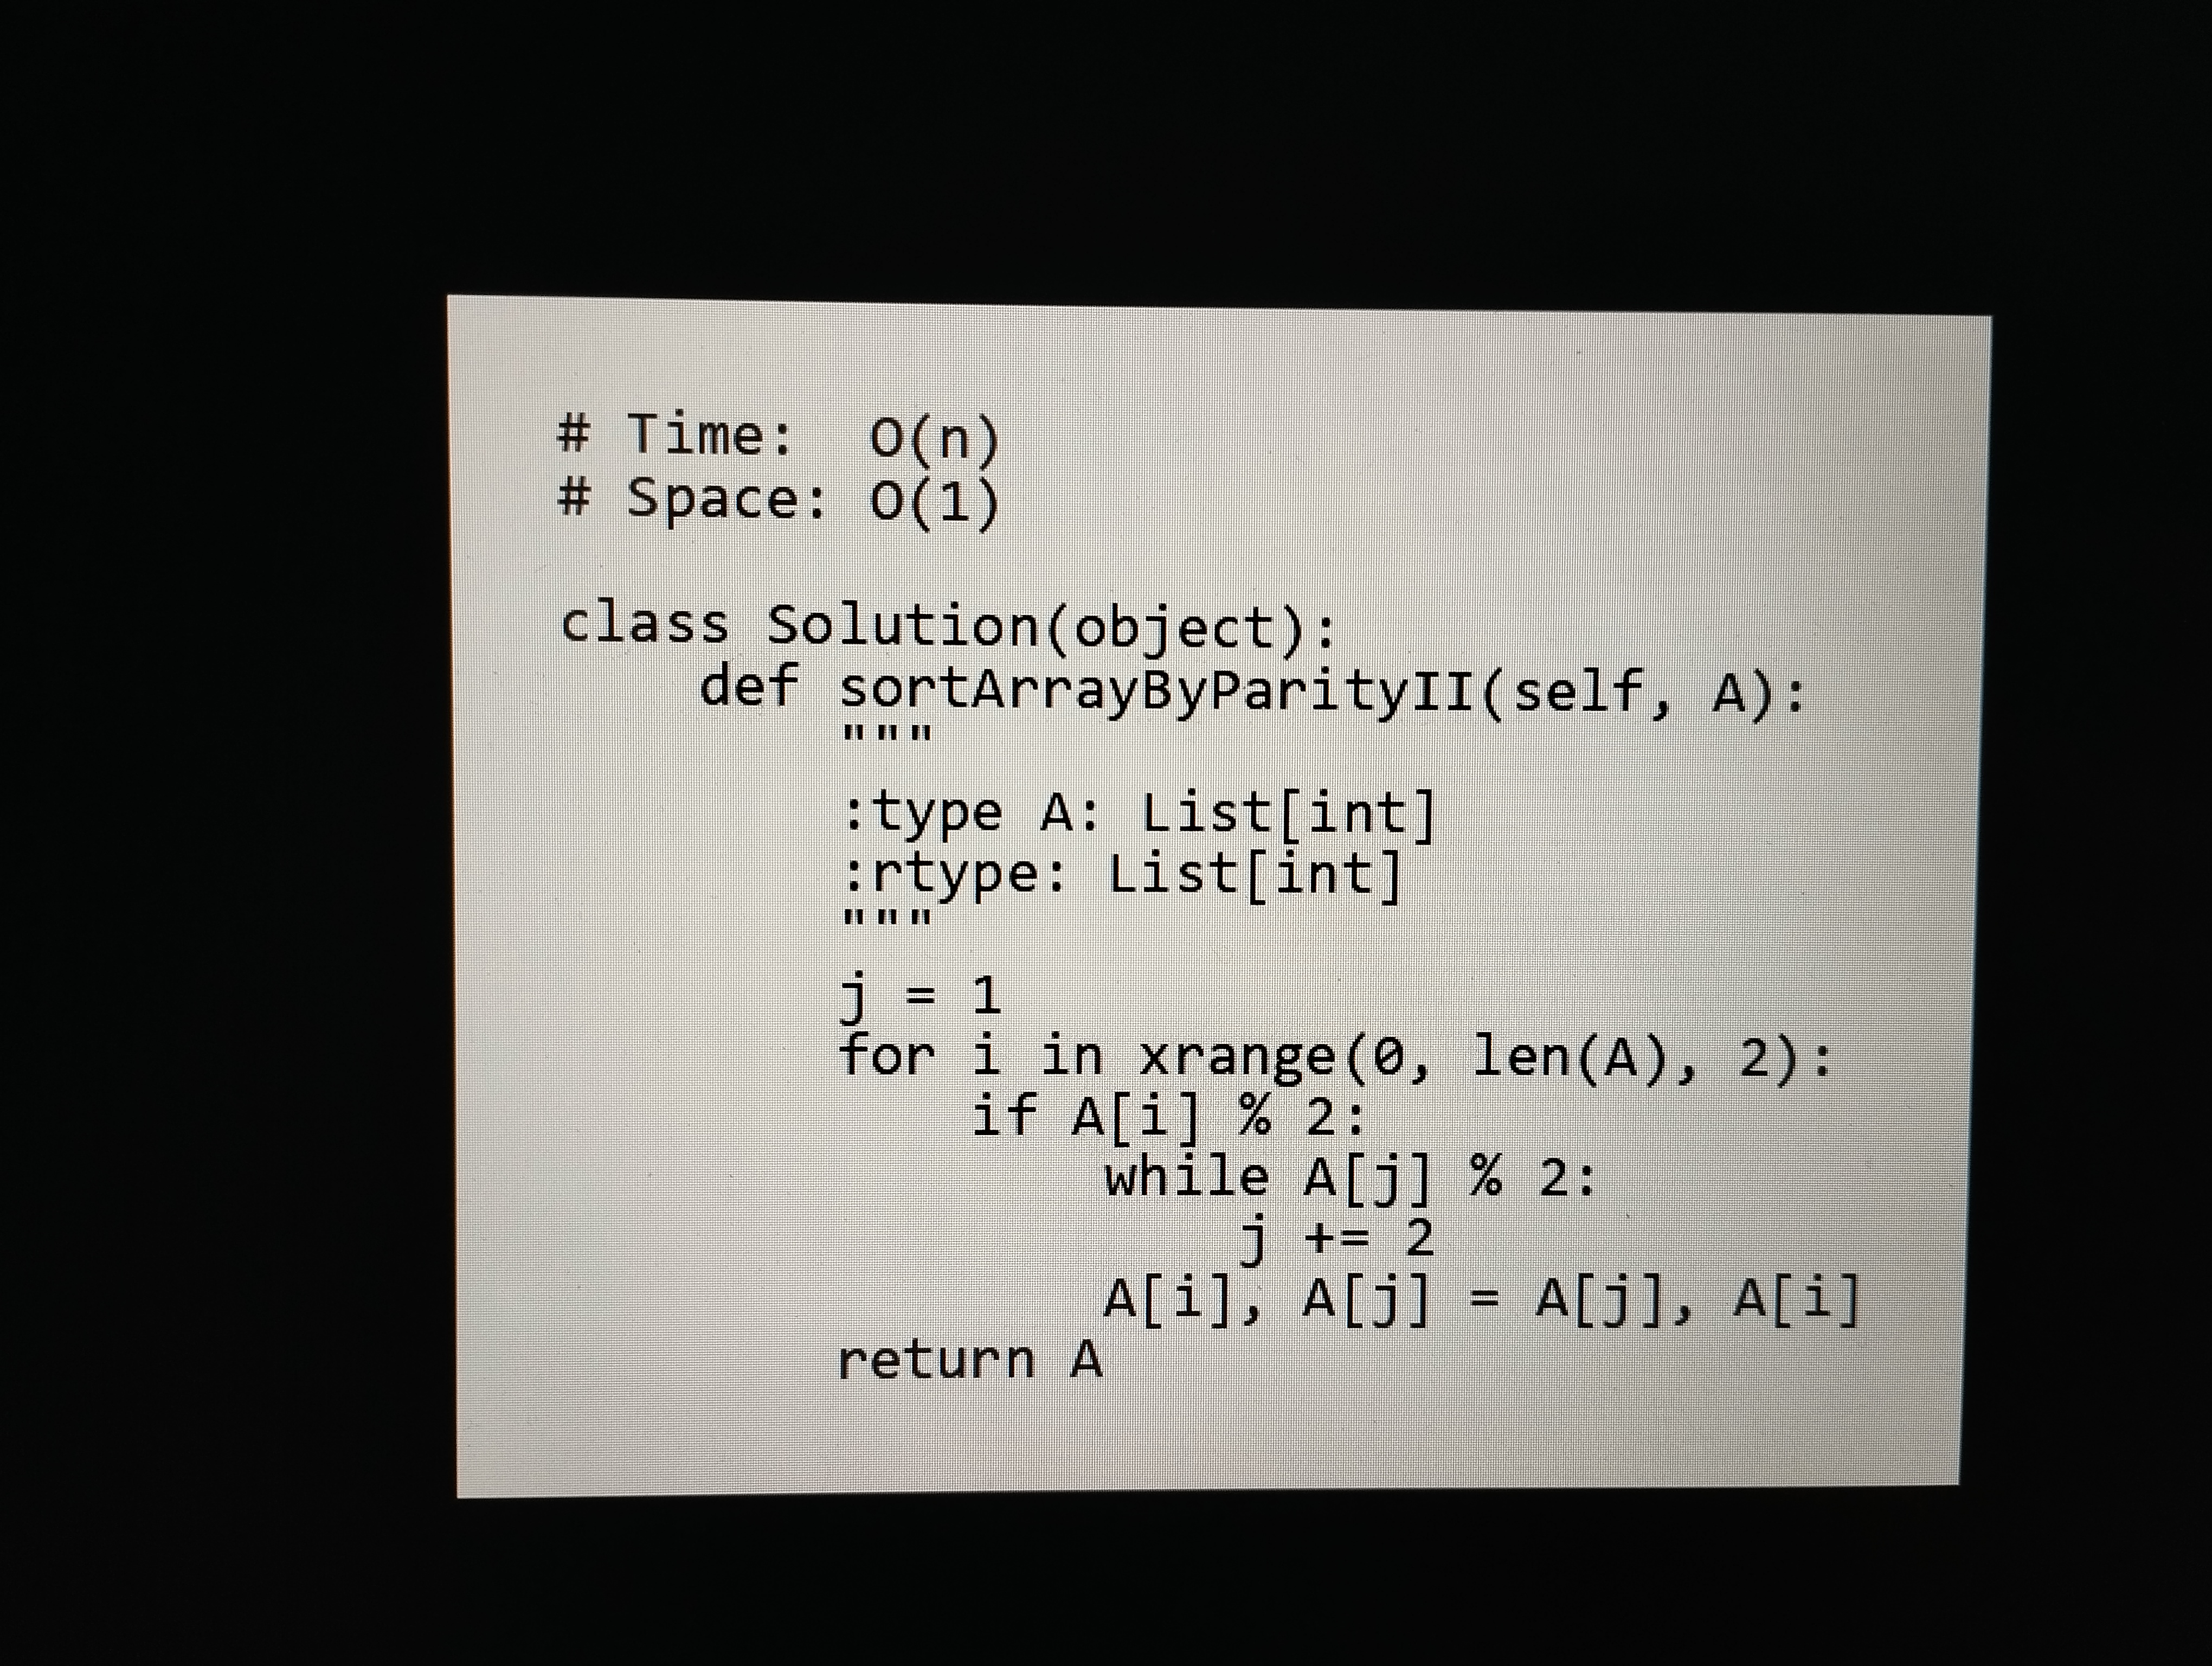
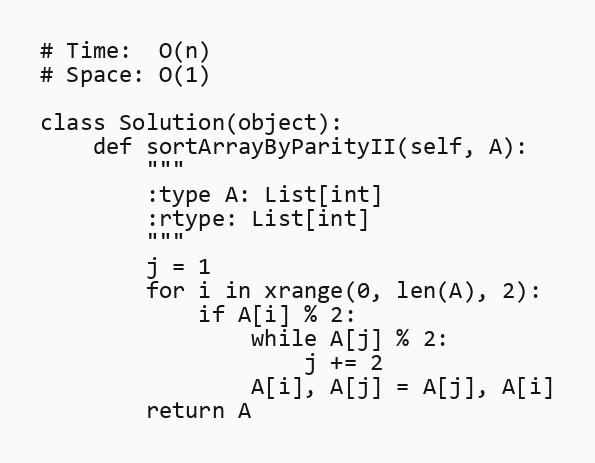
# Time:  O(n)
# Space: O(1)

class Solution(object):
    def sortArrayByParityII(self, A):
        """
        :type A: List[int]
        :rtype: List[int]
        """
        j = 1
        for i in xrange(0, len(A), 2):
            if A[i] % 2:
                while A[j] % 2:
                    j += 2
                A[i], A[j] = A[j], A[i]
        return A